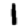
Digit: 1